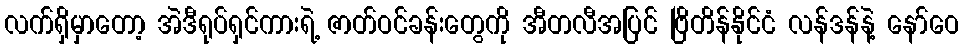
လက်ရှိမှာတော့ အဲဒီရုပ်ရှင်ကားရဲ့ ဇာတ်ဝင်ခန်းတွေကို အီတလီအပြင် ဗြိတိန်နိုင်ငံ လန်ဒန်နဲ့ နော်ဝေ